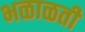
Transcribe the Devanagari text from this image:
भळाळती